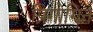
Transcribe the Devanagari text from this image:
प्रिगोगिन